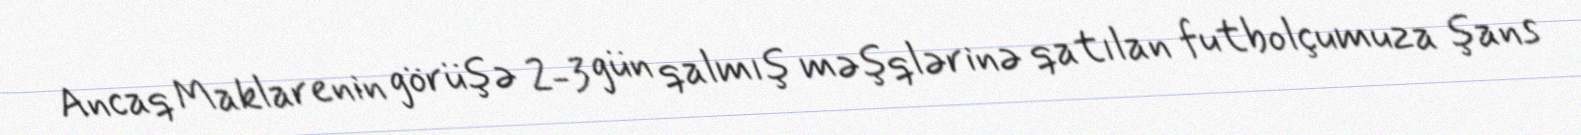
Ancaq Maklarenin görüşə 2-3 gün qalmış məşqlərinə qatılan futbolçumuza şans